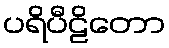
ပရိပီဠိတော